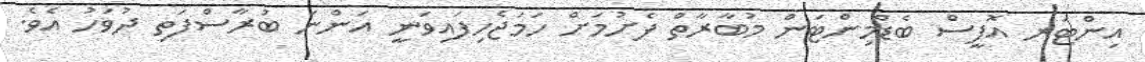
އިންޓަރ އޮފީސް ބެޑްމިންޓަން މުބާރާތް ފެށުމަށް ހަމަޖެހިފައިވަނީ އަންނަ ބުރާސްފަތި ދުވަހު އެވެ.